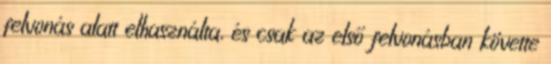
felvonás alatt elhasználta, és csak az első felvonásban követte